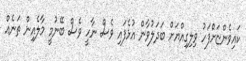
ކައިވެންޏަށްފަހު ވިލިގިއްޔަށް ބަދަލުވާން އުޅެފައި ވެސް ނާހީ ވެސް ބޭނުމީ މާލެއިން ތަނެއް